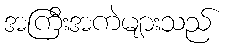
အကြီးအကဲများသည်